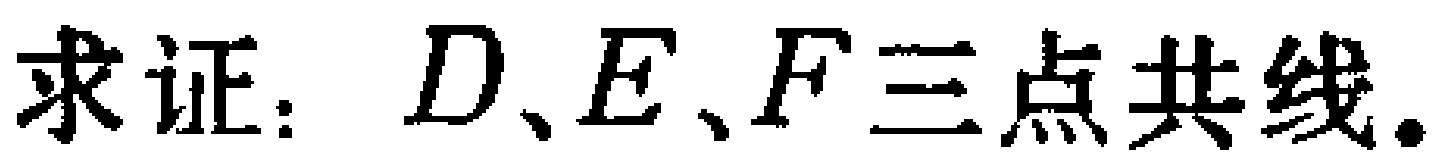
求证：\(D、E、F\)三点共线.